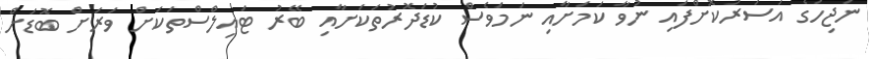
ނަޖިހުގެ އަސަރުކޮށްފައި ނުވާ ކަމަށާއި ނަމަވެސް ކުޑަދޮރުތަކަށާއި ބޭރު ޓައިލްސްތަކަށް ވަރަށް ބޮޑަށް